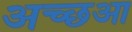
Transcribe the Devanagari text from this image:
अच्छआ